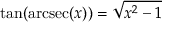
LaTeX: \tan ( \operatorname { a r c s e c } ( x ) ) = { \sqrt { x ^ { 2 } - 1 } }